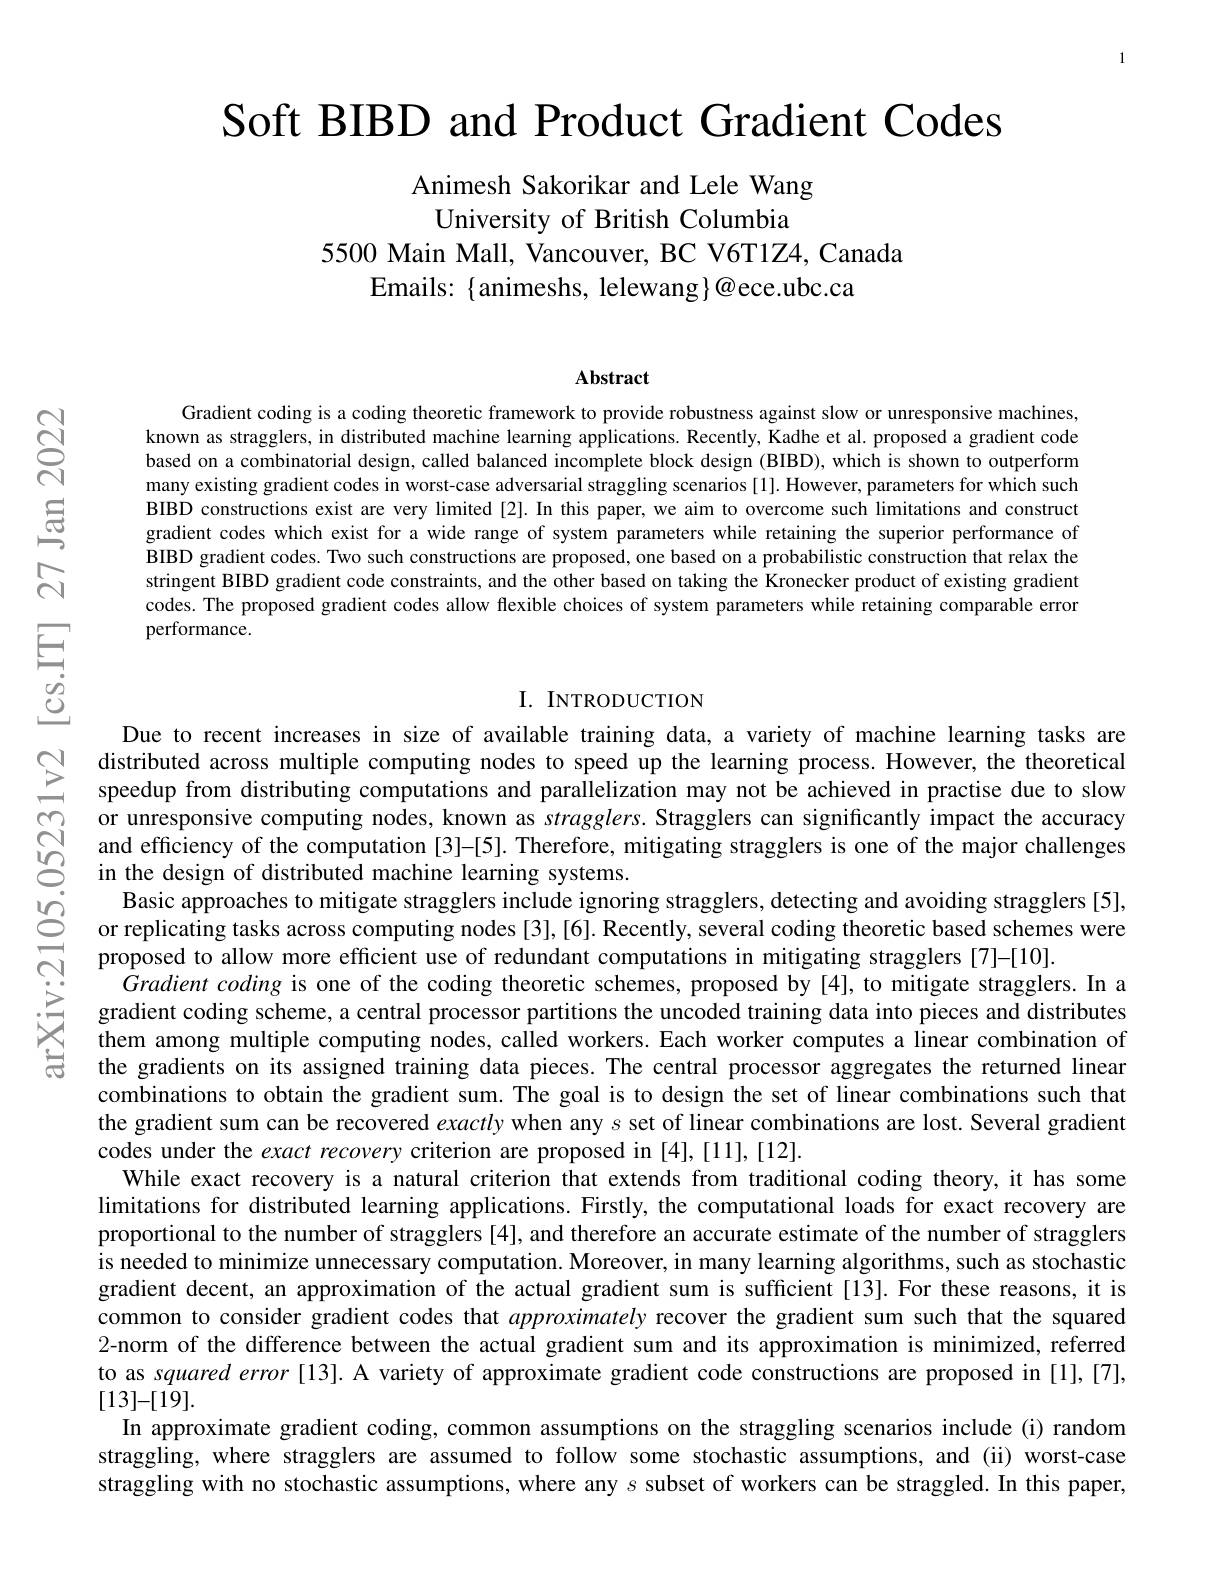
Soft BIBD and Product Gradient Codes

Animesh Sakorikar and Lele Wang
University of British Columbia

5500 Main Mall, Vancouver, BC V6T1Z4, Canada
Emails: {animeshs, lelewang}@ece.ubc.ca

Abstract

Gradient coding is a coding theoretic framework to provide robustness against slow or unresponsive machines, known as stragglers, in distributed machine learning applications. Recently, Kadhe et al. proposed a gradient code based on a combinatorial design, called balanced incomplete block design (BIBD), which is shown to outperform many existing gradient codes in worst-case adversarial straggling scenarios[1]. However, parameters for which such BIBD constructions exist are very limited [2]. In this paper, we aim to overcome such limitations and construct gradient codes which exist for a wide range of system parameters while retaining the superior performance of BIBD gradient codes. Two such constructions are proposed, one based on a probabilistic construction that relax the stringent BIBD gradient code constraints, and the other based on taking the Kronecker product of existing gradient codes. The proposed gradient codes allow flexible choices of system parameters while retaining comparable error performance.

## I. INTRODUCTION

Due to recent increases in size of available training data, a variety of machine learning tasks are
$\begin{array}{llll}&\text{distributed across muliple computing n}\end{array}$
Basic approaches to mitigate stragglers include ignoring stragglers, detecting and avoiding stragglers [5], or replicating tasks across computing nodes [3],[6]. Recently, several coding theoretic based schemes were proposed to allow more efficient use of redundant computations in mitigating stragglers [7]-[10].
$\dot{G}radient$ coding is one of the coding theoretic schemes, proposed by [4], to mitigate stragglers. In a gradient coding scheme, a central processor partitions the uncoded training data into pieces and distributes them among multiple computing nodes, called workers. Each worker computes a linear combination of the gradients on its assigned training data pieces. The central processor aggregates the returned linear combinations to obtain the gradient sum. The goal is to design the set of linear combinations such that the gradient sum can be recovered exactly when any $s$ set of linear combinations are lost. Several gradient codes under the exact recovery criterion are proposed in [4],[11],[12].
While exact recovery is a natural criterion that extends from traditional coding theory, it has some limitations for distributed learning applications. Firstly, the computational loads for exact recovery are proportional to the number of stragglers[4], and therefore an accurate estimate of the number of stragglers is needed to minimize unnecessary computation. Moreover, in many learning algorithms, such as stochastic gradient decent, an approximation of the actual gradient sum is sufficient[13].For these reasons, it is common to consider gradient codes that approximately recover the gradient sum such that the squared 2-norm of the difference between the actual gradient sum and its approximation is minimized, referred to as squared error [13]. A variety of approximate gradient code constructions are proposed in [1],[7], [13]-[19].
In approximate gradient coding, common assumptions on the straggling scenarios include (i) random straggling, where stragglers are assumed to follow some stochastic assumptions, and (ii) worst-case straggling with no stochastic assumptions, where any $s$ subset of workers can be straggled. In this paper,